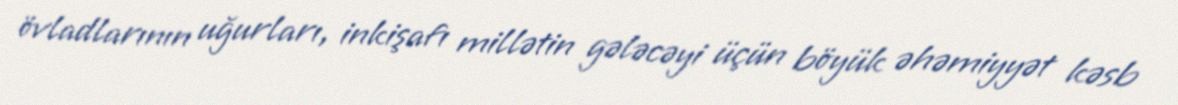
övladlarının uğurları, inkişafı millətin gələcəyi üçün böyük əhəmiyyət kəsb